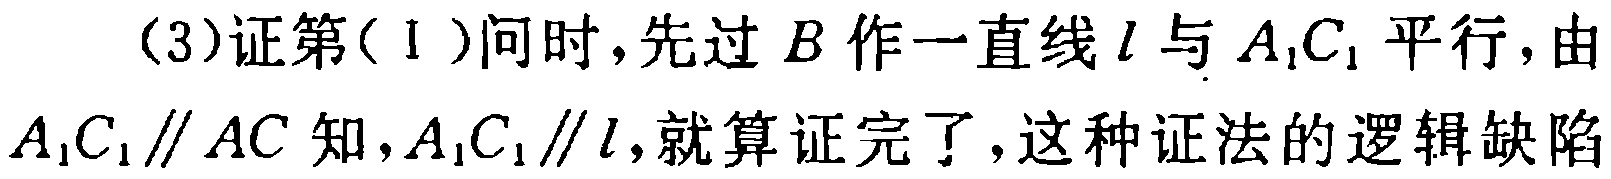
(3)证第(Ⅰ)问时,先过\(B\)作一直线\(l\)与\(A_{1}C_{1}\)平行,由\(A_{1}C_{1}\parallel AC\)知,\(A_{1}C_{1}\parallel l\),就算证完了,这种证法的逻辑缺陷